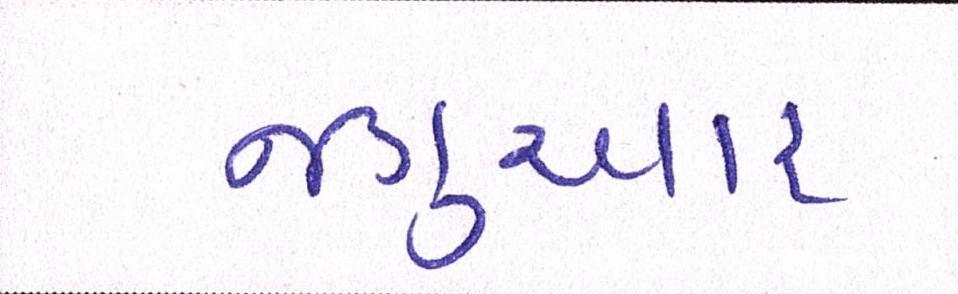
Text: જગુઆર